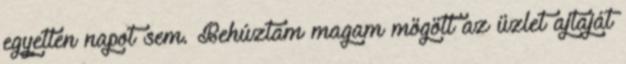
egyetlen napot sem. Behúztam magam mögött az üzlet ajtaját